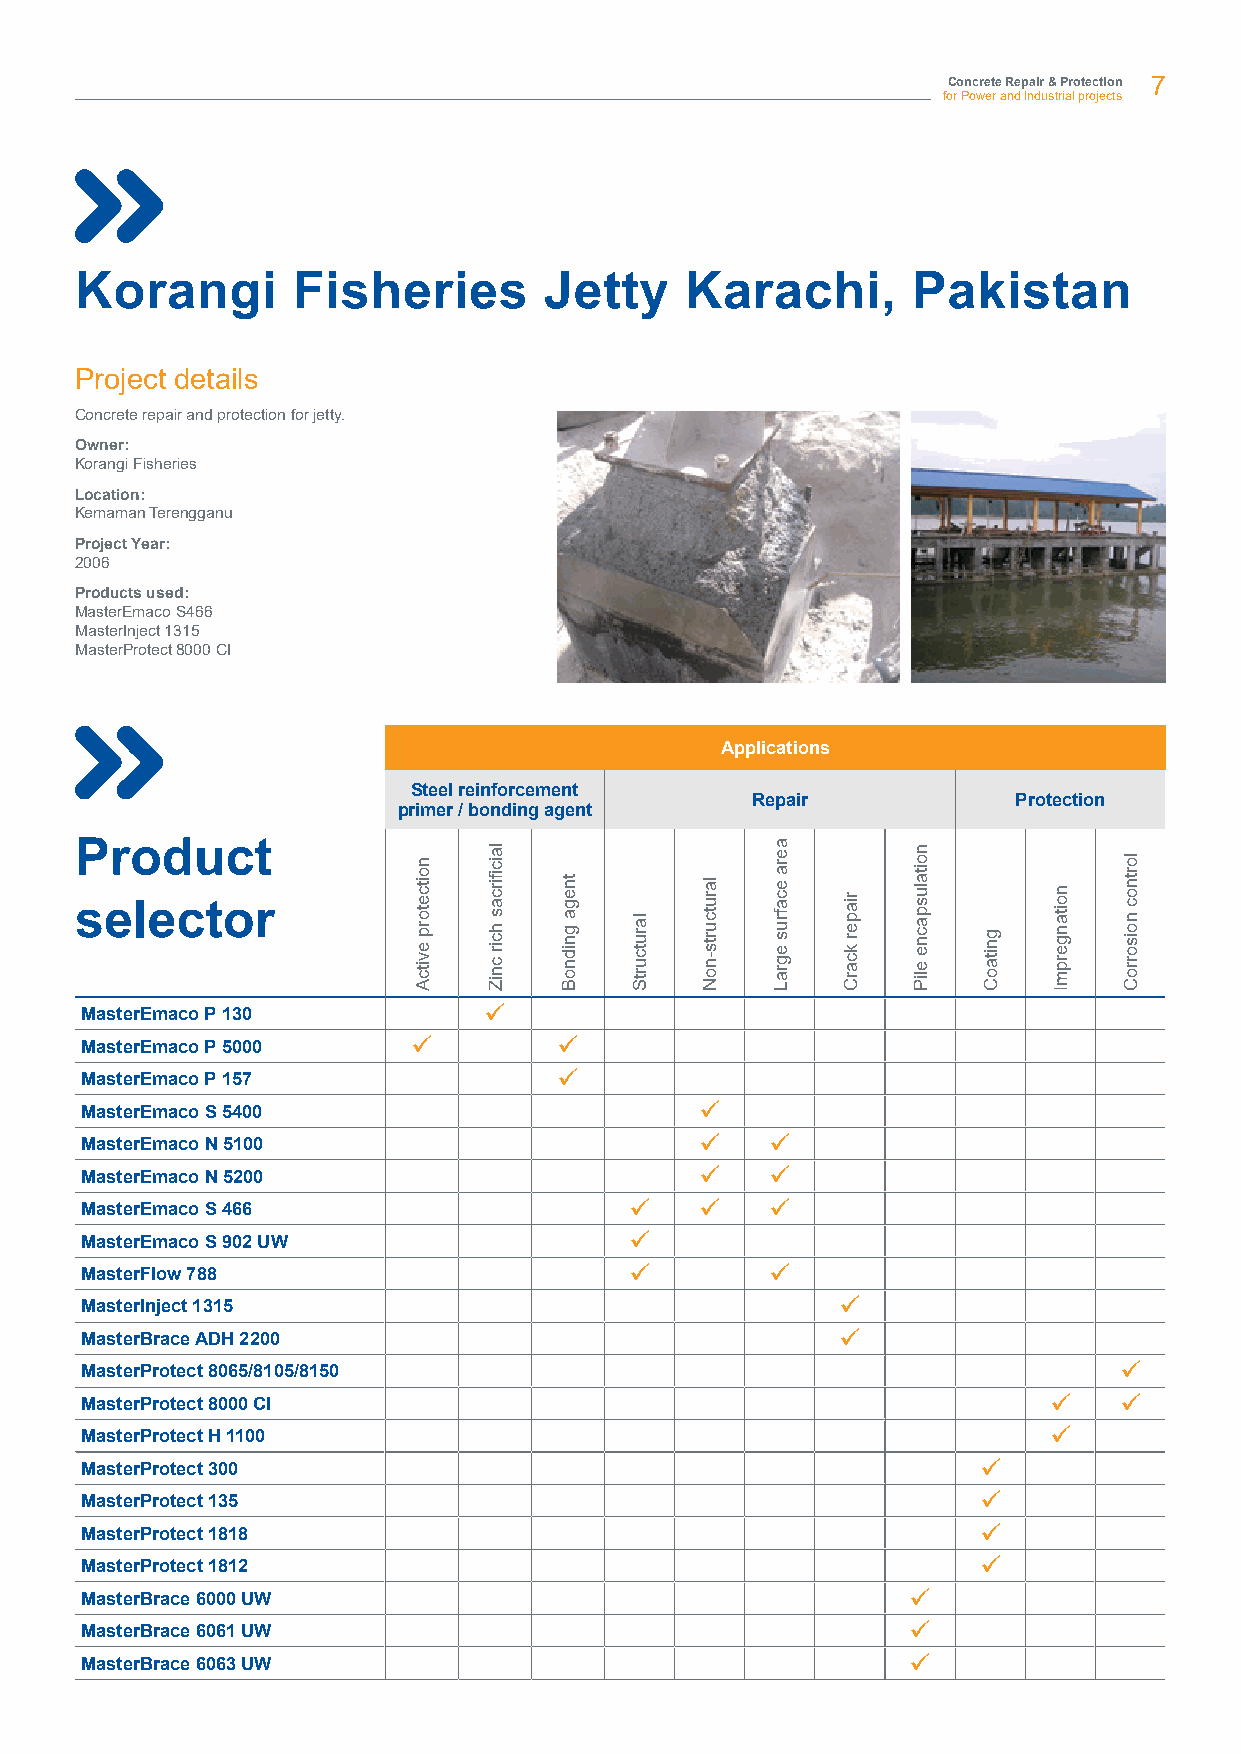
Concrete Repair & Protection 7
 for Power and Industrial projects
 Korangi       Fisheries        Jetty    Karachi,       Pakistan
 Project details
 Concrete repair and protection for jetty.
 Owner:
 Korangi Fisheries
 Location:
 Kemaman Terengganu
 Project Year:
 2006
 Products used:
 MasterEmaco S466
 MasterInject 1315
 MasterProtect 8000 CI
 Applications
 Steel reinforcement
 Repair           Protection
 primer / bonding agent
 Product
 selector
 MasterEmaco P 130          ü
 MasterEmaco P 5000    ü         ü
 MasterEmaco P 157               ü
 MasterEmaco S 5400                       ü
 MasterEmaco N 5100                       ü    ü
 MasterEmaco N 5200                       ü    ü
 MasterEmaco S 466                    ü   ü    ü
 MasterEmaco S 902 UW                 ü
 MasterFlow 788                       ü        ü
 MasterInject 1315                                  ü
 MasterBrace ADH 2200                               ü
 MasterProtect 8065/8105/8150                                         ü
 MasterProtect 8000 CI                                           ü    ü
 MasterProtect H 1100                                            ü
 MasterProtect 300                                           ü
 MasterProtect 135                                           ü
 MasterProtect 1818                                          ü
 MasterProtect 1812                                          ü
 MasterBrace 6000 UW                                    ü
 MasterBrace 6061 UW                                    ü
 MasterBrace 6063 UW                                    ü
 noitcetorp
 evitcA
 laicfiircas
 hcir
 cniZ
 tnega
 gnidnoB
 larutcurtS
 larutcurts-noN
 aera
 ecafrus
 egraL
 riaper
 kcarC
 noitaluspacne
 eliP
 gnitaoC
 noitangerpmI
 lortnoc
 noisorroC